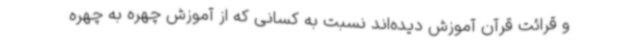
و قرائت قرآن آموزش دیده‌اند نسبت به کسانی که از آموزش چهره به چهره